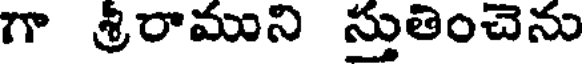
గా శ్రీరాముని స్తుతించెను